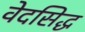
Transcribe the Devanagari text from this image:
वेदसिद्ध